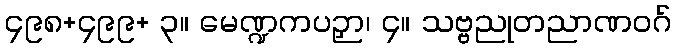
၄၉၈+၄၉၉+ ၃။ မေဏ္ဍကပဉှာ၊ ၄။ သဗ္ဗညုတညာဏဝဂ်